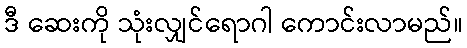
ဒီ ဆေးကို သုံးလျှင်ရောဂါ ကောင်းလာမည်။